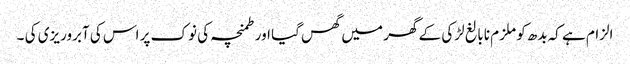
الزام ہے کہ بدھ کو ملزم نابالغ لڑکی کے گھر میں گھس گیا اور طمنچہ کی نوک پر اس کی آبروریزی کی ۔